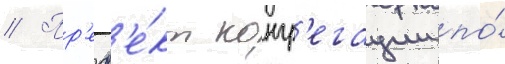
// Пр'еф'е́кт конгр'егации по́